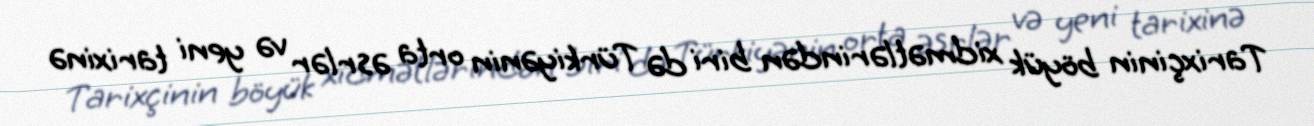
Tarixçinin böyük xidmətlərindən biri də Türkiyənin orta əsrlər və yeni tarixinə